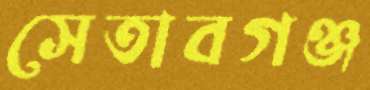
সেতাবগঞ্জ